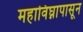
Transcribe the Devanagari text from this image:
महाविघ्नापासून